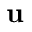
\mathrm { \mathbf { u } }